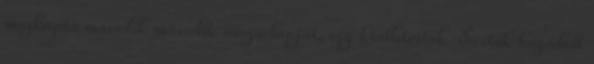
megkapta második második sárga lapját, így kiállították. Sesták húzódott